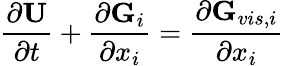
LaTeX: \frac{\partial\textbf{U}}{\partial t}+\frac{\partial\textbf{G}_{i}}{\partial x_{i}}=\frac{\partial\textbf{G}_{vis,i}}{\partial x_{i}}